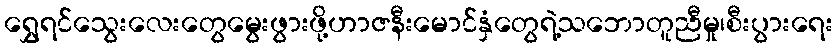
ရွှေရင်သွေးလေးတွေမွေးဖွားဖို့ဟာဇနီးမောင်နှံတွေရဲ့သဘောတူညီမှု၊စီးပွားရေး